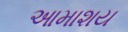
આમાશય